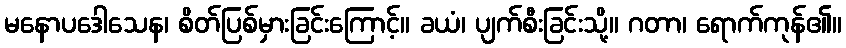
မနောပဒေါသေန၊ စိတ်ပြစ်မှားခြင်းကြောင့်။ ခယံ၊ ပျက်စီးခြင်းသို့။ ဂတာ၊ ရောက်ကုန်၏။